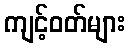
ကျင့်ဝတ်များ